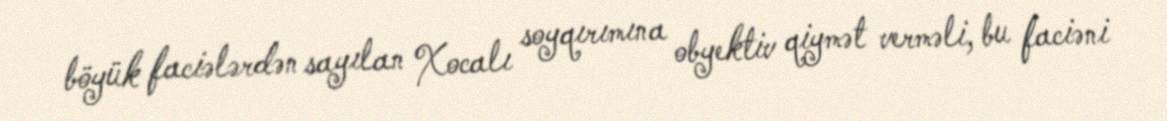
böyük faciələrdən sayılan Xocalı soyqırımına obyektiv qiymət verməli, bu faciəni